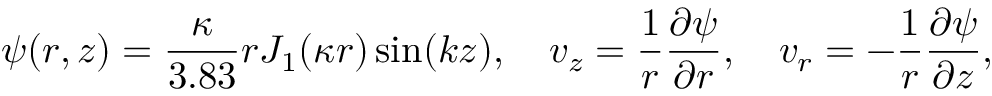
\psi ( r , z ) = \frac { \kappa } { 3 . 8 3 } r J _ { 1 } ( \kappa r ) \sin ( k z ) , \quad v _ { z } = \frac { 1 } { r } \frac { \partial \psi } { \partial r } , \quad v _ { r } = - \frac { 1 } { r } \frac { \partial \psi } { \partial z } ,